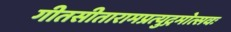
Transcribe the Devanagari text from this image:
गीतसीतारामप्रत्युद्गमोत्सवः